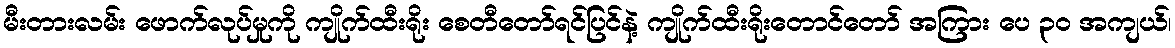
မီးတားလမ်း ဖောက်လုပ်မှုကို ကျိုက်ထီးရိုး စေတီတော်ရင်ပြင်နဲ့ ကျိုက်ထီးရိုးတောင်တော် အကြား ပေ ၃၀ အကျယ်၊